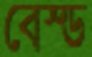
বেস্ড